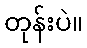
တုန်းပဲ။